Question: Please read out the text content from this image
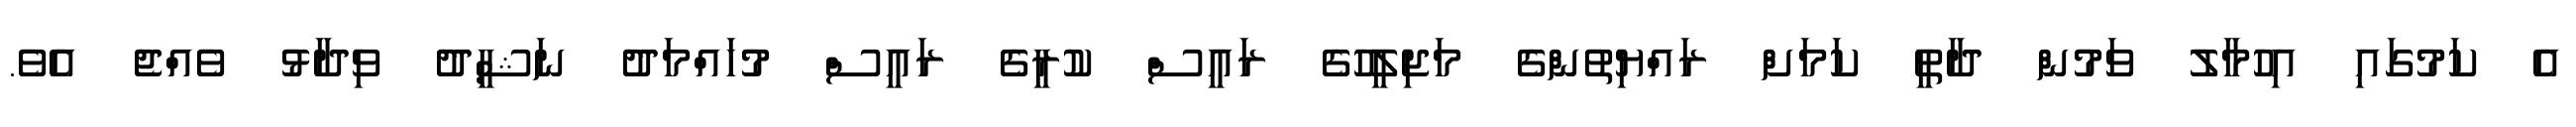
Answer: އެ ކަމުގައި އިހުމާލު ވަމުން ދާތީ ކަމަށް ރައްޔިތުންގެ މަޖިލީހުގެ ރައީސް ކުރީގެ ރައީސް މުހައްމަދު ނަޝީދު ވިދާޅު ވެއްޖެ އެވެ.